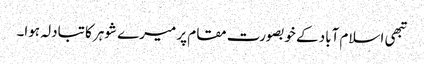
تبھی اسلام آباد کے خوبصورت مقام پر میرے شوہر کا تبادلہ ہوا۔